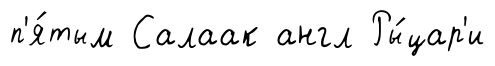
п'я́тым Салаак англ Ры́цар'и